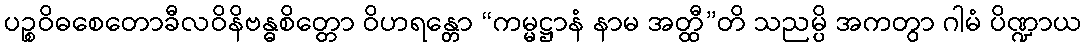
ပဉ္စဝိဓစေတောခီလဝိနိဗန္ဓစိတ္တော ဝိဟရန္တော “ကမ္မဋ္ဌာနံ နာမ အတ္ထီ”တိ သညမ္ပိ အကတွာ ဂါမံ ပိဏ္ဍာယ